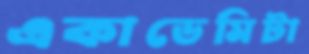
একাডেমিটা